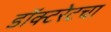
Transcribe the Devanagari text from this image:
डॉक्टरेटचा